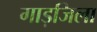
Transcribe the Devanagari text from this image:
गाड़जिला